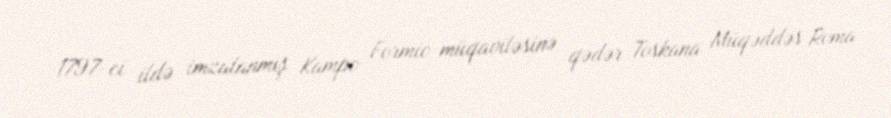
1797-ci ildə imzalanmış Kampo Formio müqaviləsinə qədər Toskana Müqəddəs Roma